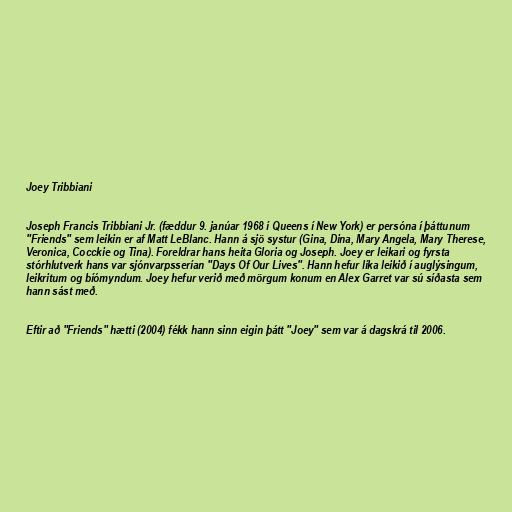
Joey Tribbiani

Joseph Francis Tribbiani Jr. (fæddur 9. janúar 1968 í Queens í New York) er persóna í þáttunum
"Friends" sem leikin er af Matt LeBlanc. Hann á sjö systur (Gina, Dina, Mary Angela, Mary Therese,
Veronica, Cocckie og Tina). Foreldrar hans heita Gloria og Joseph. Joey er leikari og fyrsta
stórhlutverk hans var sjónvarpsserían "Days Of Our Lives". Hann hefur líka leikið í auglýsingum,
leikritum og bíómyndum. Joey hefur verið með mörgum konum en Alex Garret var sú síðasta sem
hann sást með.

Eftir að "Friends" hætti (2004) fékk hann sinn eigin þátt "Joey" sem var á dagskrá til 2006.